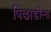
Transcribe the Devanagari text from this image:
पिछाडीला